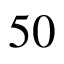
5 0